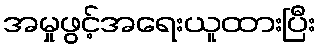
အမှုဖွင့်အရေးယူထားပြီး